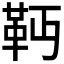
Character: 𩉣